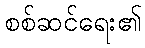
စစ်ဆင်ရေး၏